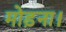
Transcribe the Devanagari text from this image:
मोड़ना।